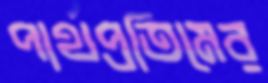
পার্থপ্রতিমের